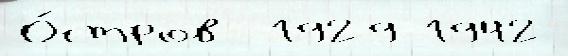
О́стров  1929 1942